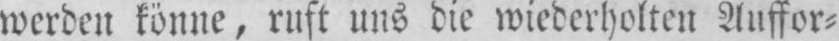
werden könne, ruft uns die wiederholten Auffor⸗